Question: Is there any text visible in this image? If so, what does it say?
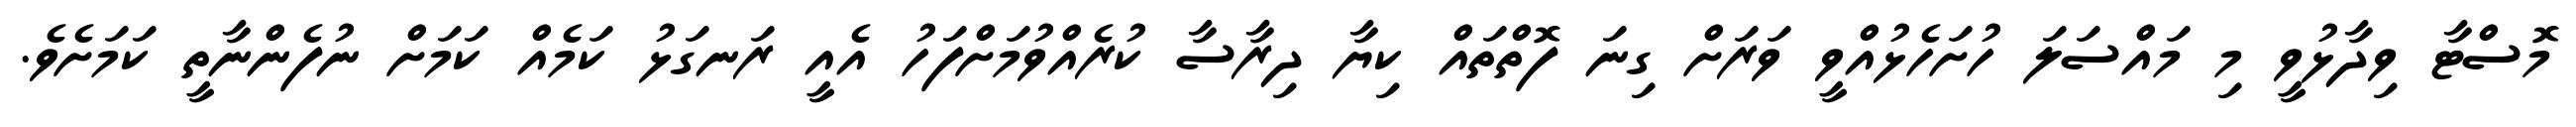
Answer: މޮސްޓާ ވިދާޅުވީ މި މައްސަލަ ހުށަހެޅުއްވީ ވަރަށް ގިނަ ފޮތްތައް ކިޔާ ދިރާސާ ކުރެއްވުމަށްފަހު އެއީ ރަނގަޅު ކަމެއް ކަމަށް ނުފެންނާތީ ކަމަށެވެ.